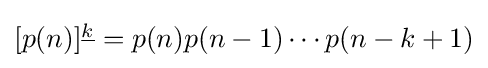
{\textstyle [p(n)]^{\underline {k}}=p(n)p(n-1)\cdots p(n-k+1)}